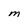
Character: M